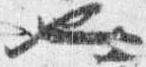
也